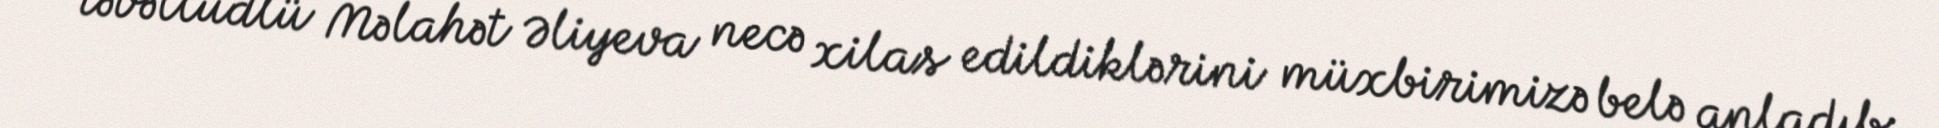
təvəllüdlü Məlahət Əliyeva necə xilas edildiklərini müxbirimizə belə anladıb: